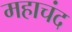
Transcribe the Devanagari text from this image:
महाचंद